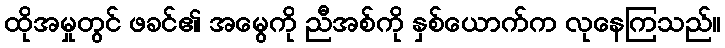
ထိုအမှုတွင် ဖခင်၏ အမွေကို ညီအစ်ကို နှစ်ယောက်က လုနေကြသည်။